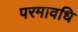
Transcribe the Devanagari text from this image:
परमावधि